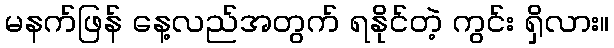
မနက်ဖြန် နေ့လည်အတွက် ရနိုင်တဲ့ ကွင်း ရှိလား။